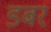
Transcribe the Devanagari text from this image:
डबर